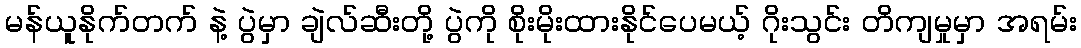
မန်ယူနိုက်တက် နဲ့ ပွဲမှာ ချဲလ်ဆီးတို့ ပွဲကို စိုးမိုးထားနိုင်ပေမယ့် ဂိုးသွင်း တိကျမှုမှာ အရမ်း